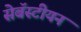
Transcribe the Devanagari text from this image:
सेबॅस्टीयन